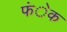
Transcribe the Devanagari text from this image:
फंेक